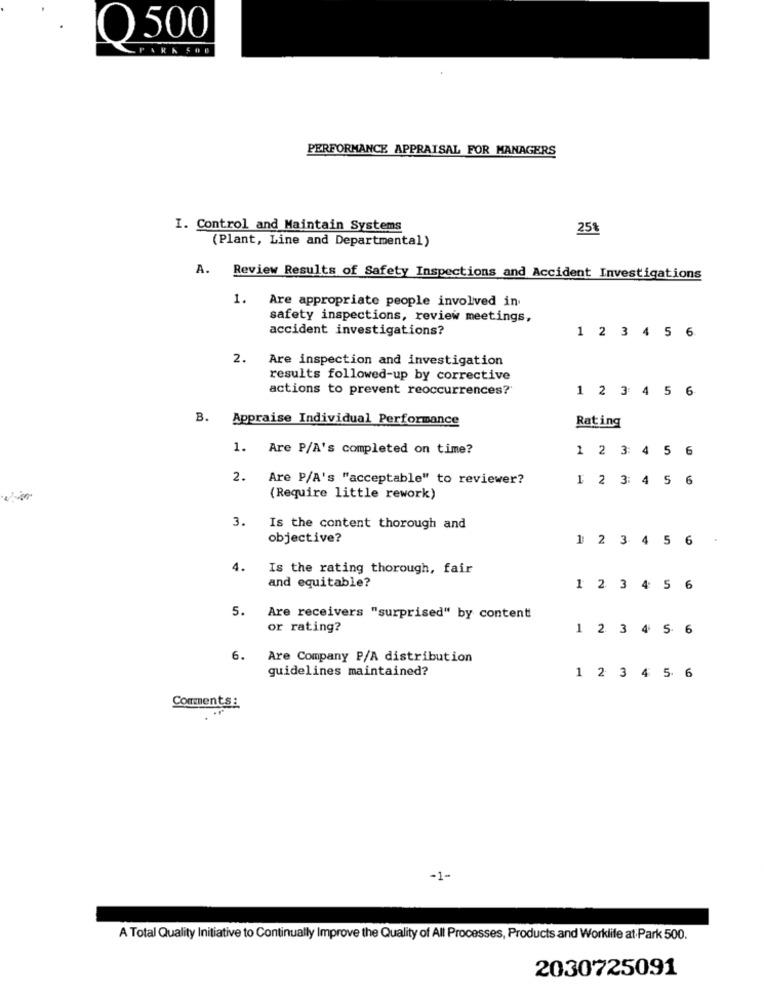
O 500
PERFORMANCE APPRAISAL FOR MANAGERS
I. Control and Maintain Systems
25%
(Plant, Line and Departmental)
A.
Review Results of Safety Inspections and Accident Investigations
1.
Are appropriate people involved in
safety inspections, review meetings,
accident investigations?
1 2 3 4 5 6
2. Are inspection and investigation
results followed-up by corrective
actions to prevent reoccurrences?'
1 2 3 4 5 6
B. Appraise Individual Performance
Rating
1. Are P/A's completed on time?
1 2 3: 4 5 6
2. Are P/A's "acceptable" to reviewer?
1 2 3: 4 5
6
(Require little rework)
3. Is the content thorough and
objective?
1 2 3 4 5
6
4.
Is the rating thorough, fair
and equitable?
1 2 3 4 5
6
5.
Are receivers "surprised" by content
or rating?
1 2 3 4 5 6
6.
Are Company P/A distribution
guidelines maintained?
1 2 3 4 5 6
Comments :
-1-
A Total Quality Initiative to Continually Improve the Quality of All Processes, Products and Worklife at Park 500.
2030725091